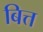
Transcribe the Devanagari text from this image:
बित्त